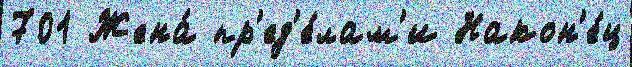
701 Жена́ пр'ед'е́лам'и Након'е́ц